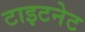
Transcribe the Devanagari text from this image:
टाइटनेट